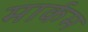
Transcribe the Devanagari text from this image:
मार्कम